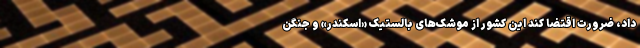
داد، ضرورت اقتضا کند این کشور از موشک‌های بالستیک «اسکندر» و جنگن